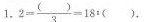
1.$$2= \frac{()}{3}=18:()$$ 。